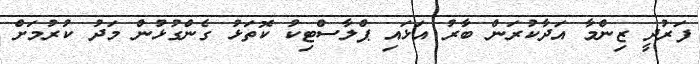
ފަރުދީ ޒިންމާ އަދާކުރަން ބާރު އަޅައި ޕްލާސްޓިކު ކޮތަޅު ގެންގުޅުން މަދު ކުރުމަށް